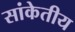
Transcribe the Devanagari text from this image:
सांकेतीय